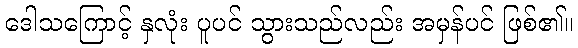
ဒေါသကြောင့် နှလုံး ပူပင် သွားသည်လည်း အမှန်ပင် ဖြစ်၏။